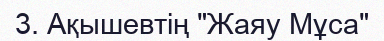
3. Ақышевтің "Жаяу Мұса"